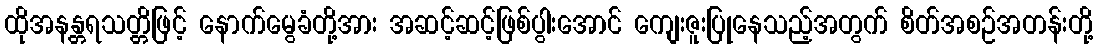
ထိုအနန္တရသတ္တိဖြင့် နောက်မွေခံတို့အား အဆင့်ဆင့်ဖြစ်ပွါးအောင် ကျေးဇူးပြုနေသည့်အတွက် စိတ်အစဉ်အတန်းတို့